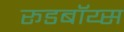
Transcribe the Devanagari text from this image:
रूडबॉय्स